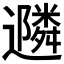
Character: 𮟠